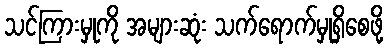
သင်ကြားမှုကို အများဆုံး သက်ရောက်မှုရှိစေဖို့